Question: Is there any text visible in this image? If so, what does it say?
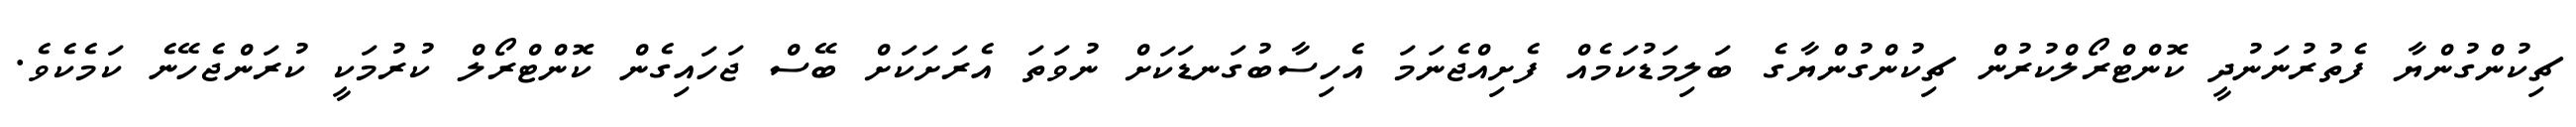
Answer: ޗިކުންގުންޔާ ފެތުރުނަނުދީ ކޮންޓްރޯލްކުރުން ޗިކުންގުންޔާގެ ބަލިމަޑުކަމެއް ފެށިއްޖެނަމަ އެހިސާބުގަނޑަކަށް ނުވަތަ އެރަށަކަށް ބޭސް ޖަހައިގެން ކޮންޓްރޯލް ކުރުމަކީ ކުރަންޖެހޭނެ ކަމެކެވެ.